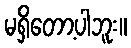
မရှိတော့ပါဘူး။